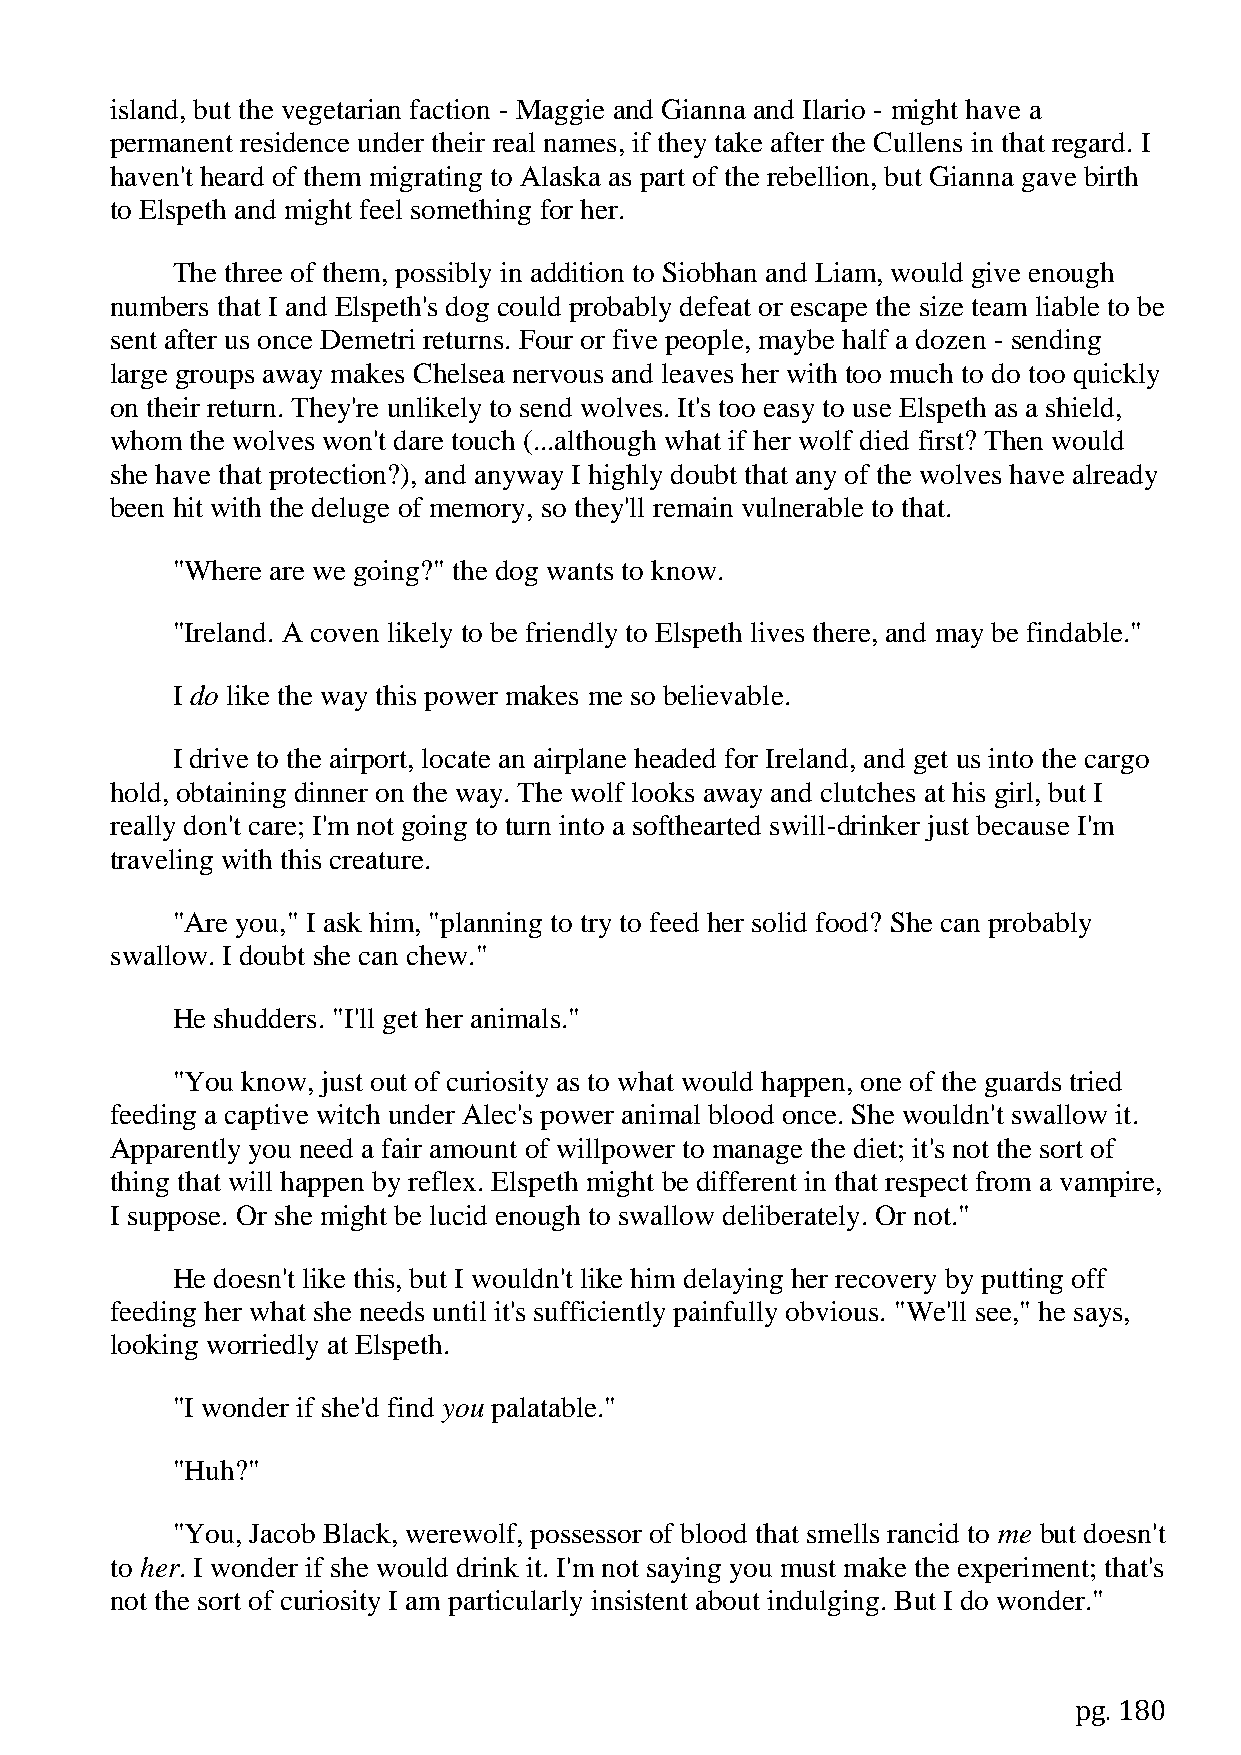
island, but the vegetarian faction - Maggie and Gianna and Ilario - might have a
 permanent residence under their real names, if they take after the Cullens in that regard. I
 haven't heard of them migrating to Alaska as part of the rebellion, but Gianna gave birth
 to Elspeth and might feel something for her.
 The three of them, possibly in addition to Siobhan and Liam, would give enough
 numbers that I and Elspeth's dog could probably defeat or escape the size team liable to be
 sent after us once Demetri returns. Four or five people, maybe half a dozen - sending
 large groups away makes Chelsea nervous and leaves her with too much to do too quickly
 on their return. They're unlikely to send wolves. It's too easy to use Elspeth as a shield,
 whom  the wolves won't dare touch (...although what if her wolf died first? Then would
 she have that protection?), and anyway I highly doubt that any of the wolves have already
 been hit with the deluge of memory, so they'll remain vulnerable to that.
 "Where are we going?" the dog wants to know.
 "Ireland. A coven likely to be friendly to Elspeth lives there, and may be findable."
 I do like the way this power makes me so believable.
 I drive to the airport, locate an airplane headed for Ireland, and get us into the cargo
 hold, obtaining dinner on the way. The wolf looks away and clutches at his girl, but I
 really don't care; I'm not going to turn into a softhearted swill-drinker just because I'm
 traveling with this creature.
 "Are you," I ask him, "planning to try to feed her solid food? She can probably
 swallow. I doubt she can chew."
 He shudders. "I'll get her animals."
 "You know, just out of curiosity as to what would happen, one of the guards tried
 feeding a captive witch under Alec's power animal blood once. She wouldn't swallow it.
 Apparently you need a fair amount of willpower to manage the diet; it's not the sort of
 thing that will happen by reflex. Elspeth might be different in that respect from a vampire,
 I suppose. Or she might be lucid enough to swallow deliberately. Or not."
 He doesn't like this, but I wouldn't like him delaying her recovery by putting off
 feeding her what she needs until it's sufficiently painfully obvious. "We'll see," he says,
 looking worriedly at Elspeth.
 "I wonder if she'd find you palatable."
 "Huh?"
 "You, Jacob Black, werewolf, possessor of blood that smells rancid to me but doesn't
 to her. I wonder if she would drink it. I'm not saying you must make the experiment; that's
 not the sort of curiosity I am particularly insistent about indulging. But I do wonder."
 pg. 180